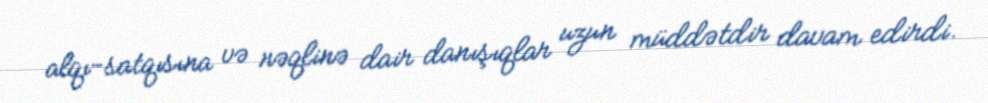
alqı-satqısına və nəqlinə dair danışıqlar uzun müddətdir davam edirdi.